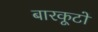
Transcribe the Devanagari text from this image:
बारकूटों